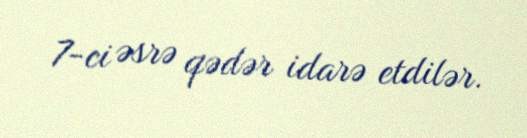
7-ci əsrə qədər idarə etdilər.